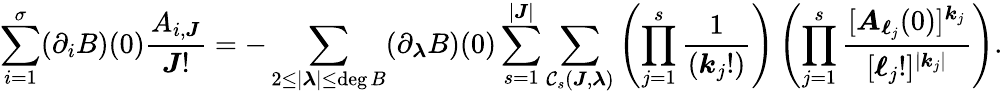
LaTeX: \sum_{i=1}^{\sigma}(\partial_{i}B)(0)\frac{A_{i,\boldsymbol{J}}}{\boldsymbol{J}!}=-\sum_{\substack{2\leq|\boldsymbol{\lambda}|\leq\deg B}}(\partial_{\boldsymbol{\lambda}}B)(0)\sum_{s=1}^{|\boldsymbol{J}|}\sum_{\mathcal{C}_{s}(\boldsymbol{J},\boldsymbol{\lambda})}\left(\prod_{j=1}^{s}\frac{1}{(\boldsymbol{k}_{j}!)}\right)\left(\prod_{j=1}^{s}\frac{[\boldsymbol{A}_{\boldsymbol{\ell}_{j}}(0)]^{\boldsymbol{k}_{j}}}{[\boldsymbol{\ell}_{j}!]^{|\boldsymbol{k}_{j}|}}\right).